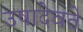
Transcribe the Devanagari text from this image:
उषादेवते